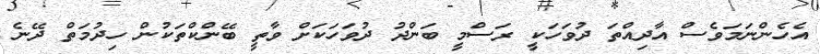
އެެހެންނަމަވެސް އާދިއްތަ ދުވަހަކީ ރަސްމީ ބަންދު ދުވަހަކަށް ވާތީ ބޭންކްތަކުން ހިދުމަތް ދޭނެ